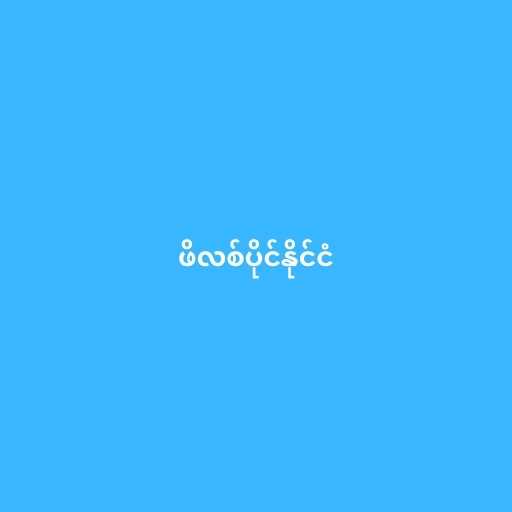
ဖိလစ်ပိုင်နိုင်ငံ